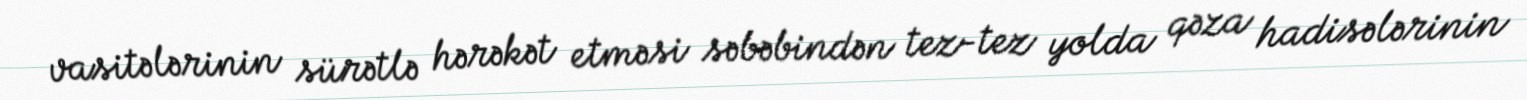
vasitələrinin sürətlə hərəkət etməsi səbəbindən tez-tez yolda qəza hadisələrinin